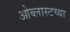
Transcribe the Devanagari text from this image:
ओब्लास्टच्या